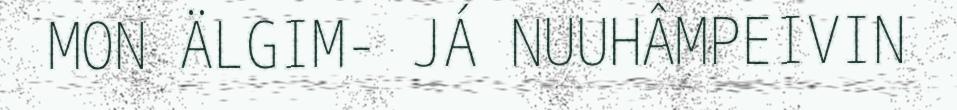
MON ÄLGIM- JÁ NUUHÂMPEIVIN